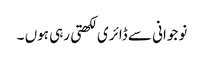
نوجوانی سے ڈائری لکھتی رہی ہوں ۔